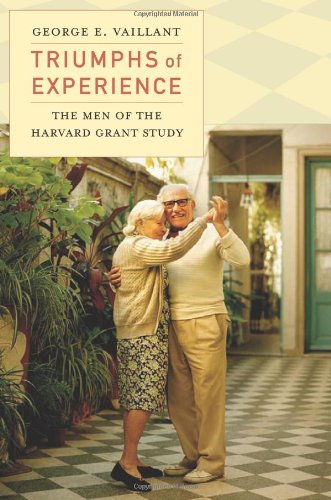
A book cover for Triumphs of Experience: The Men of the Harvard Grant Study; George E. Vaillant; Politics & Social Sciences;